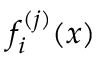
f _ { i } ^ { ( j ) } ( x )